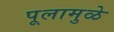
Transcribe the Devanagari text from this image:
पूलामुळे